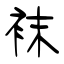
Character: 袜